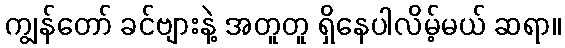
ကျွန်တော် ခင်ဗျားနဲ့ အတူတူ ရှိနေပါလိမ့်မယ် ဆရာ။